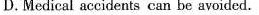
D.Medical accidents can be avoided.